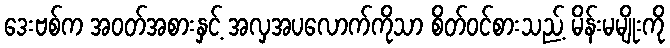
ဒေးဗစ်က အဝတ်အစားနှင့် အလှအပလောက်ကိုသာ စိတ်ဝင်စားသည့် မိန်းမမျိုးကို